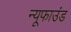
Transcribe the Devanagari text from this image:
न्यूफाउंड